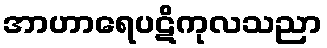
အာဟာရေပဋိကုလသညာ